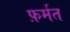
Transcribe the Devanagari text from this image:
फ़र्मत